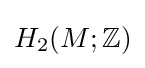
H_{2}(M;\mathbb {Z} )